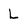
Character: L